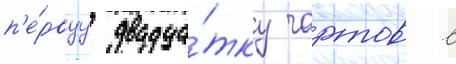
п'е́рвуу двадца́тку чартов в